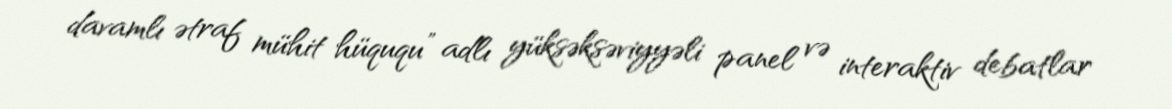
davamlı ətraf mühit hüququ” adlı yüksəksəviyyəli panel və interaktiv debatlar